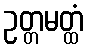
ဥတ္တမတ္ထံ